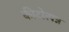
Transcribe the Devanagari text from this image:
कीटोत्पन्न